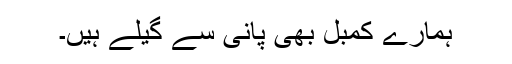
ہمارے کمبل بھی پانی سے گیلے ہیں۔